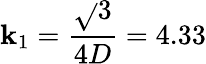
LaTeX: \mathbf{k}_{1}=\frac{{\sqrt{}{{3}}}}{{4D}}=4.33